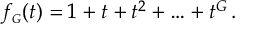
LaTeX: f _ { \scriptscriptstyle G } ( t ) = 1 + t + t ^ { 2 } + \ldots + t ^ { G } \, .